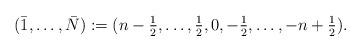
LaTeX: \begin{align*} (\bar{1},\ldots,\bar{N}):=(n-\tfrac{1}{2},\ldots,\tfrac{1}{2}, 0, -\tfrac{1}{2}, \ldots, -n+\tfrac{1}{2}).\end{align*}